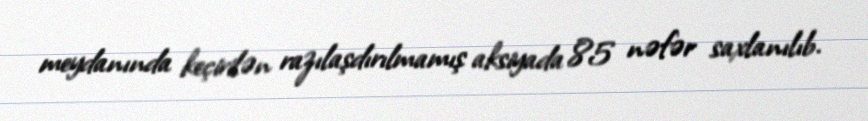
meydanında keçirilən razılaşdırılmamış aksiyada 85 nəfər saxlanılıb.